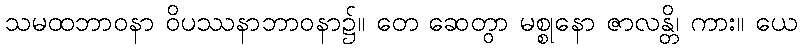
သမထဘာဝနာ ဝိပဿနာဘာဝနာ၌။ တေ ဆေတွာ မစ္စုနော ဇာလန္တိ၊ ကား။ ယေ